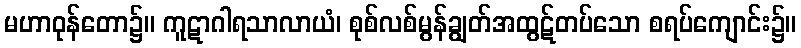
မဟာဝုန်တော၌။ ကူဋာဂါရသာလာယံ၊ စုစ်လစ်မွန်ချွတ်အထွဋ်တပ်သော စရပ်ကျောင်း၌။